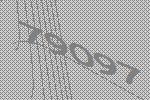
79097